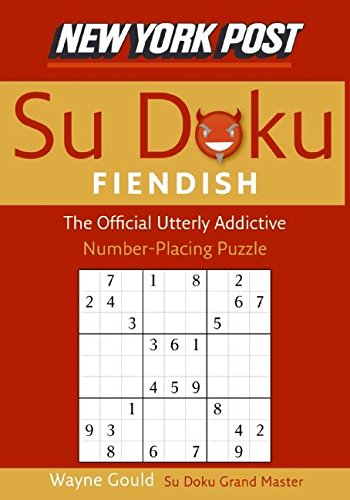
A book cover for New York Post Fiendish Sudoku: The Official Utterly Addictive Number-Placing Puzzle; Wayne Gould; Humor & Entertainment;